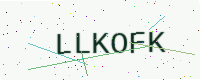
Text: LLKOFK